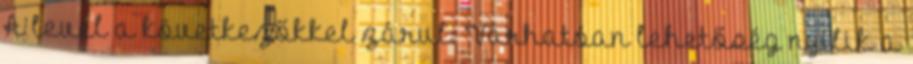
A levél a következőkkel zárul: “Várhatóan lehetőség nyílik a